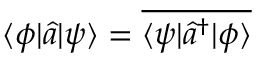
\langle \phi | \hat { a } | \psi \rangle = \overline { { \langle \psi | \hat { a } ^ { \dag } | \phi \rangle } }